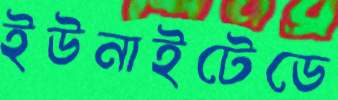
ইউনাইটেডে